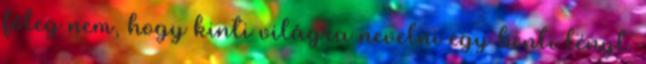
főleg nem, hogy kinti világra nevelni egy benti lényt.